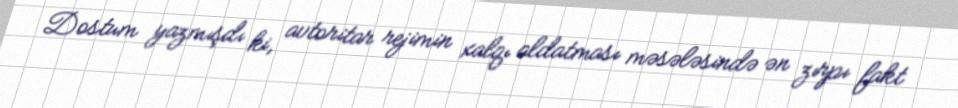
Dostum yazmışdı ki, avtoritar rejimin xalqı aldatması məsələsində ən zırpı fakt